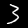
Label: 3